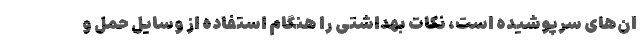
ان‌های سرپوشیده است، نکات بهداشتی را هنگام استفاده از وسایل حمل و